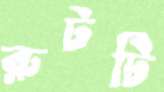
রুটটি